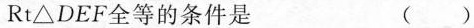
Rt△DEF全等的条件是 ()